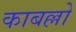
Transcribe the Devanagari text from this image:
काबल्लो